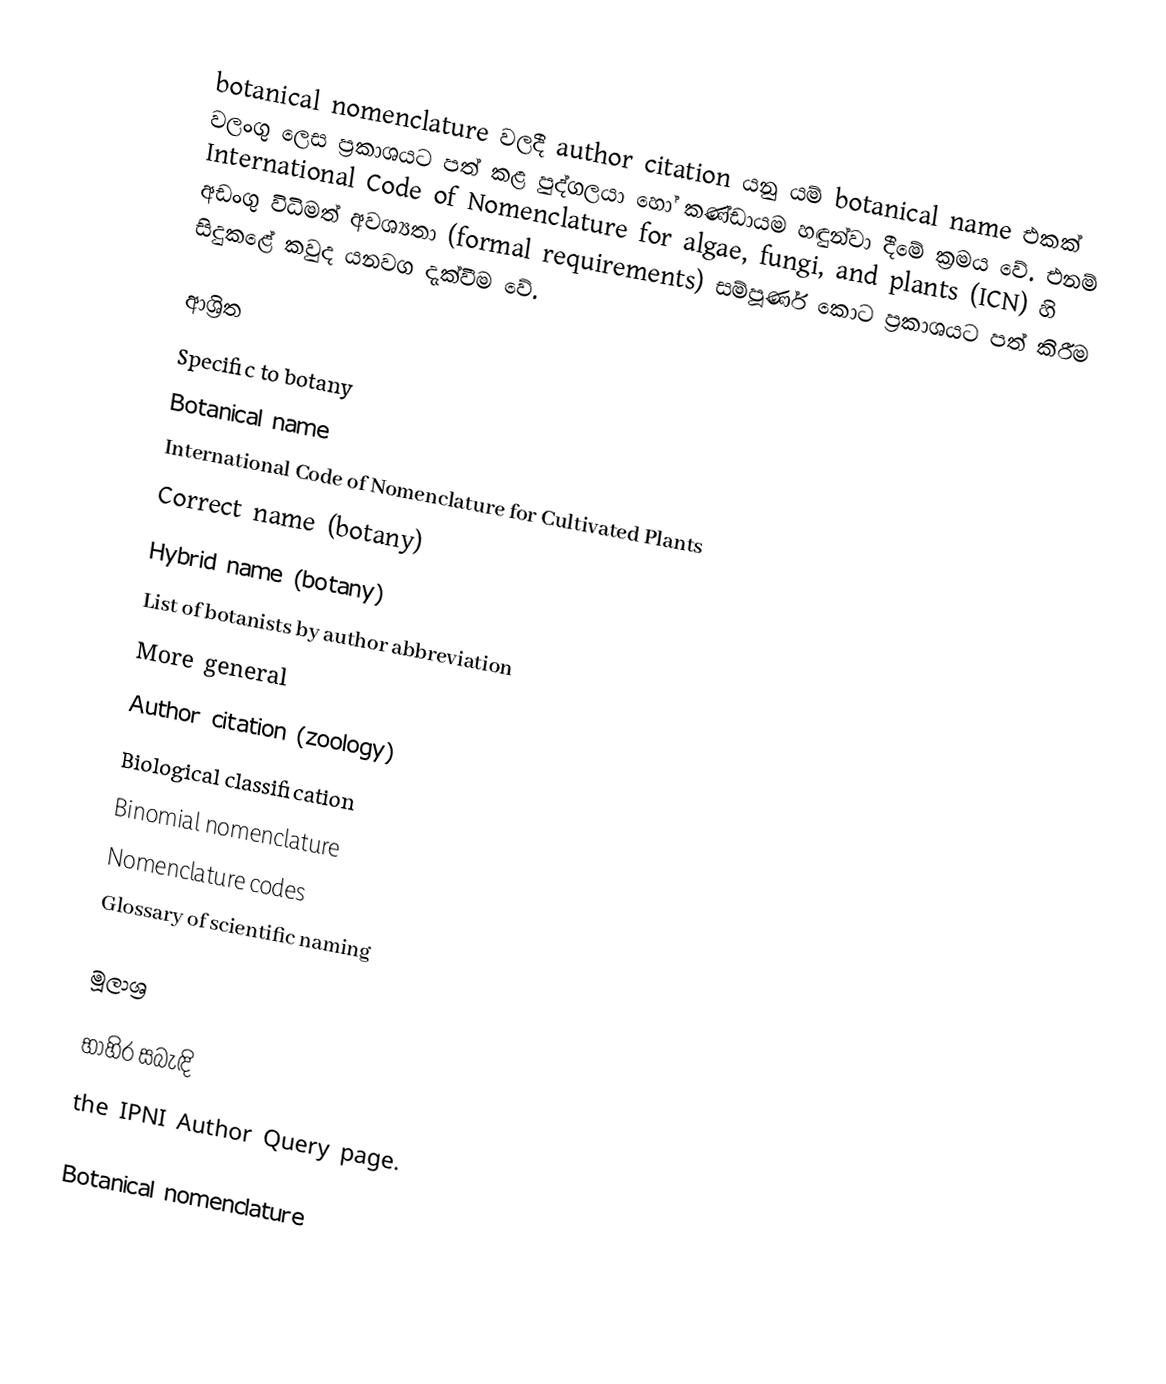
botanical nomenclature වලදී author citation යනු යම් botanical name එකක් වලංගු ලෙස ප්‍රකාශයට පත් කළ පුද්ගලයා හෝ කණ්ඩායම හඳුන්වා දීමේ ක්‍රමය වේ. එනම් International Code of Nomenclature for algae, fungi, and plants (ICN) හි අඩංගු විධිමත් අවශ්‍යතා (formal requirements) සම්පූර්ණ කොට ප්‍රකාශයට පත් කිරීම සිදුකළේ කවුද යනවග දැක්වීම වේ.

ආශ්‍රිත
 Specific to botany
 Botanical name
 International Code of Nomenclature for Cultivated Plants
 Correct name (botany)
 Hybrid name (botany)
 List of botanists by author abbreviation
 More general
 Author citation (zoology)
 Biological classification
 Binomial nomenclature
 Nomenclature codes
 Glossary of scientific naming

මූලාශ්‍ර

භාහිර සබැඳි
the IPNI Author Query page.

Botanical nomenclature